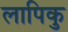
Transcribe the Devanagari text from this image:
लापिकु